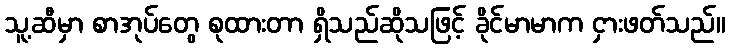
သူ့ဆီမှာ စာအုပ်တွေ စုထားတာ ရှိသည်ဆိုသဖြင့် ခိုင်မာမာက ငှားဖတ်သည်။